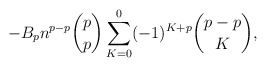
\begin{align*}- B_p n^{p-p}\binom{p}{p} \sum_{K=0}^{0} (-1)^{K+p} \binom{p-p}{K},\end{align*}